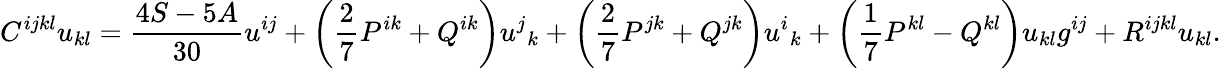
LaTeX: C^{ijkl}u_{kl}=\frac{4S-5A}{30}u^{ij}+\left(\frac 27P^{ik}+Q^{ik}\right)u^{j}{}_{k}+\left(\frac 27P^{jk}+Q^{jk}\right)u^{i}{}_{k}+\left(\frac 17P^{kl}-Q^{kl}\right)u_{kl}g^{ij}+R^{ijkl}u_{kl}.